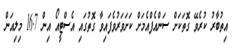
އިތުބާރު ކުރެވޭ ގޮތަކަށް ސަންއެފްއެމަށް ކަށަވަރުވެފައިވާ ގޮތުގައި އެސްޓީއޯ އިން 16.7 މިލިއަން